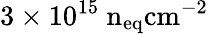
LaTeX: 3\times 10^{15}~\mathrm{{n}_{eq}\mathrm{{cm}^{-2}}}